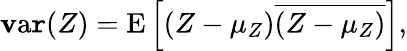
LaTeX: \operatorname{\mathbf{v}a\mathtt{r}}(Z)=\operatorname{E}\left[(Z-\mu_{Z}){\overline{{{(Z-\mu_{Z})}}}}\right],